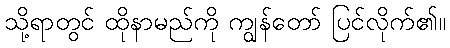
သို့ရာတွင် ထိုနာမည်ကို ကျွန်တော် ပြင်လိုက်၏။